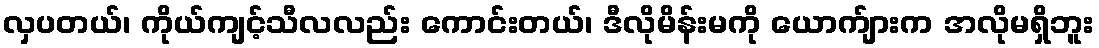
လှပတယ်၊ ကိုယ်ကျင့်သီလလည်း ကောင်းတယ်၊ ဒီလိုမိန်းမကို ယောက်ျားက အလိုမရှိဘူး